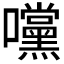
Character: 𭍀